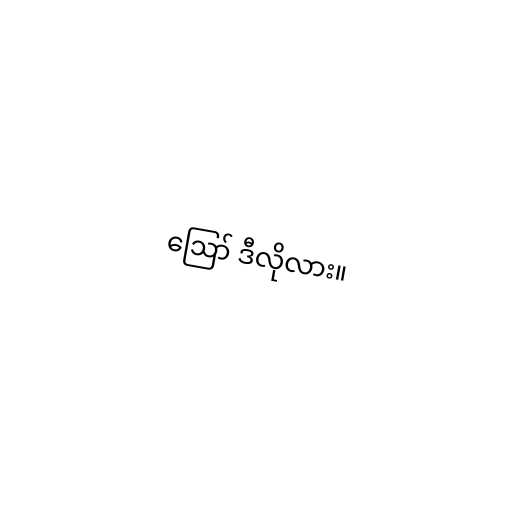
ဪ ဒီလိုလား။